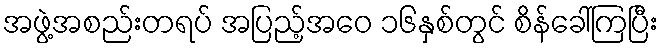
အဖွဲ့အစည်းတရပ် အပြည့်အဝေ ၁၆နှစ်တွင် စိန်ခေါ်ကြပြီး